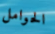
الحوامل